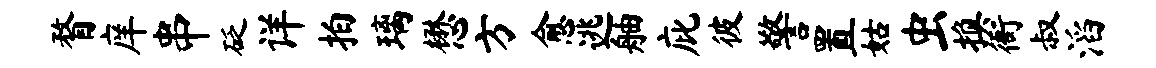
瞀庠串砭详拍璃懋方愈逃舳庇彼警置姑虫换衙叔滔